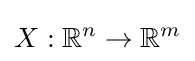
X:\mathbb {R} ^{n}\to \mathbb {R} ^{m}